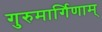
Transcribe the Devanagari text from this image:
गुरुमार्गिणाम्